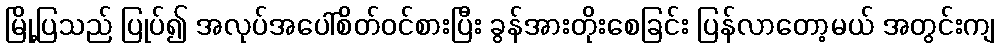
မြို့ပြသည် ပြုပ်၍ အလုပ်အပေါ်စိတ်ဝင်စားပြီး ခွန်အားတိုးစေခြင်း ပြန်လာတော့မယ် အတွင်းကျ